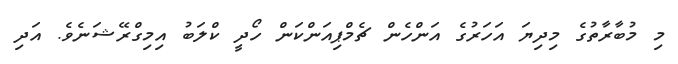
މި މުބާރާތުގެ މިދިޔަ އަހަރުގެ އަންހެން ޗެމްޕިއަންކަން ހޯދީ ކްލަބު އިމިގްރޭޝަނެވެ. އަދި